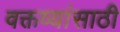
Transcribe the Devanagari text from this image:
वक्तव्यांसाठी